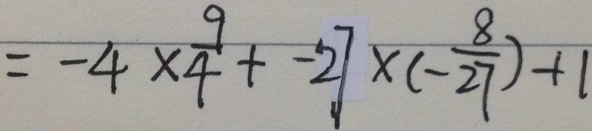
= - 4 \times \frac { 9 } { 4 } + - 2 7 \times ( - \frac { 8 } { 2 7 } ) + 1